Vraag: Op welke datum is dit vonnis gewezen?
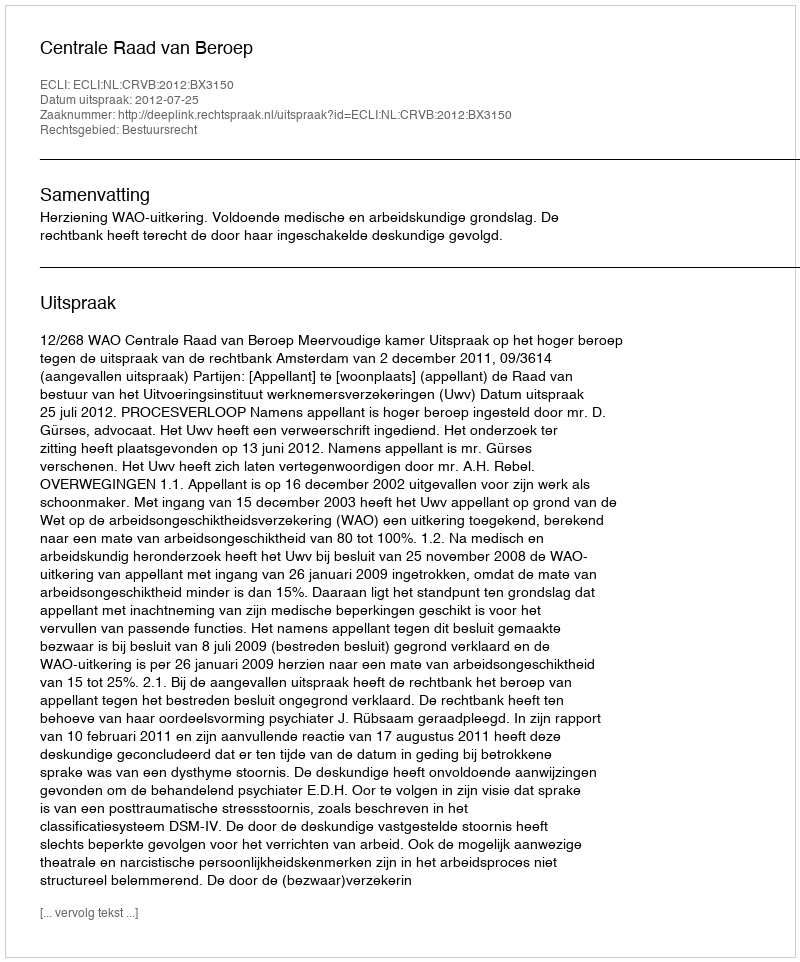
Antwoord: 2012-07-25